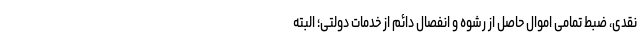
نقدی، ضبط تمامی اموال حاصل از رشوه و انفصال دائم از خدمات دولتی؛ البته